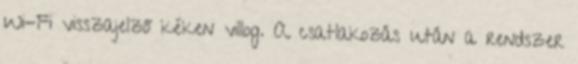
Wi-Fi visszajelző kéken villog. A csatlakozás után a rendszer